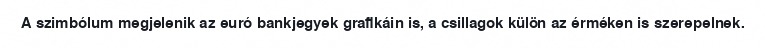
A szimbólum megjelenik az euró bankjegyek grafikáin is, a csillagok külön az érméken is szerepelnek.